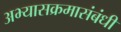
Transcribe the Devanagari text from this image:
अभ्यासक्रमासंबंधी